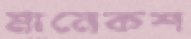
মানেকশ